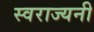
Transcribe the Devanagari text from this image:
स्वराज्यनी